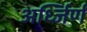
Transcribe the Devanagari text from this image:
अर्ध्जिर्ण